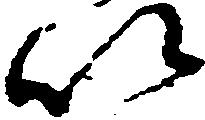
以